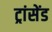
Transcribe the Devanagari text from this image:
ट्रांसेंड